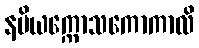
နပိယက္ကောသကောကာလိ